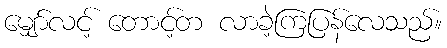
မျှော်လင့် တောင့်တ လာခဲ့ကြပြန်လေသည်။